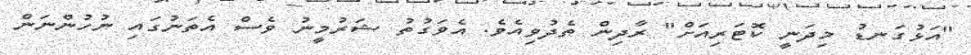
"އަޅުގަނޑު މިދަނީ ކޮޓަރިއަށް" ރާދިން ތެދުވިއެވެ. އެވަގުތު ޝަރުމީނު ވެސް އެތަނުގައި ނުހުންނަން